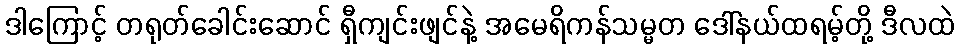
ဒါကြောင့် တရုတ်ခေါင်းဆောင် ရှီကျင်းဖျင်နဲ့ အမေရိကန်သမ္မတ ဒေါ်နယ်ထရမ့်တို့ ဒီလထဲ